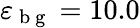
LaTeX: \varepsilon_{\mathrm{~b~g~}}=10.0